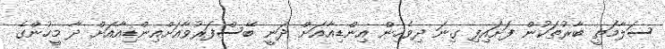
ސަލާމަތީ ބާރުތަކުން ފަށައިފި ގިނަ ދިވެހިން އިންޑިއާއަށް ދަނީ ބޭސްފަރުވާއަށްއިންޑިއާއަށް ދާ މީހުންގެ